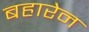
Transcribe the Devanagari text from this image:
बहारेन